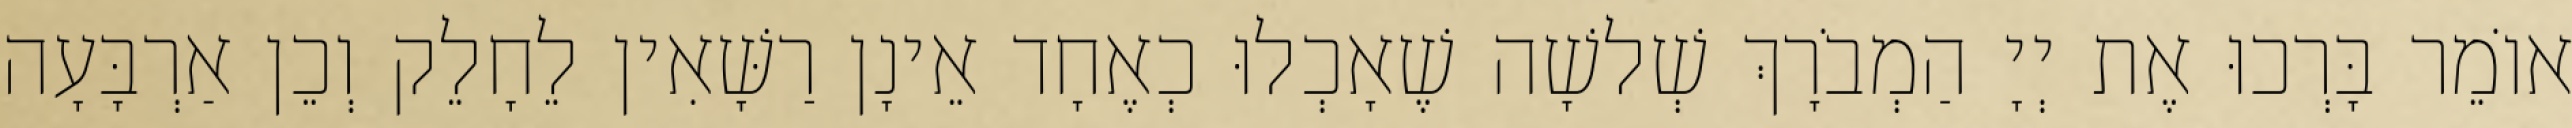
אוֹמֵר בָּרְכוּ אֶת יְיָ הַמְבֹרָךְ שְׁלשָׁה שֶׁאָכְלוּ כְאֶחָד אֵינָן רַשָּׁאִין לֵחָלֵק וְכֵן אַרְבָּעָה